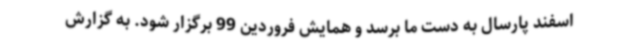
اسفند پارسال به دست ما برسد و همایش فروردین 99 برگزار شود. به گزارش